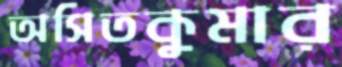
অসিতকুমার